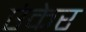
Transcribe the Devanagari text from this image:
एंकेर